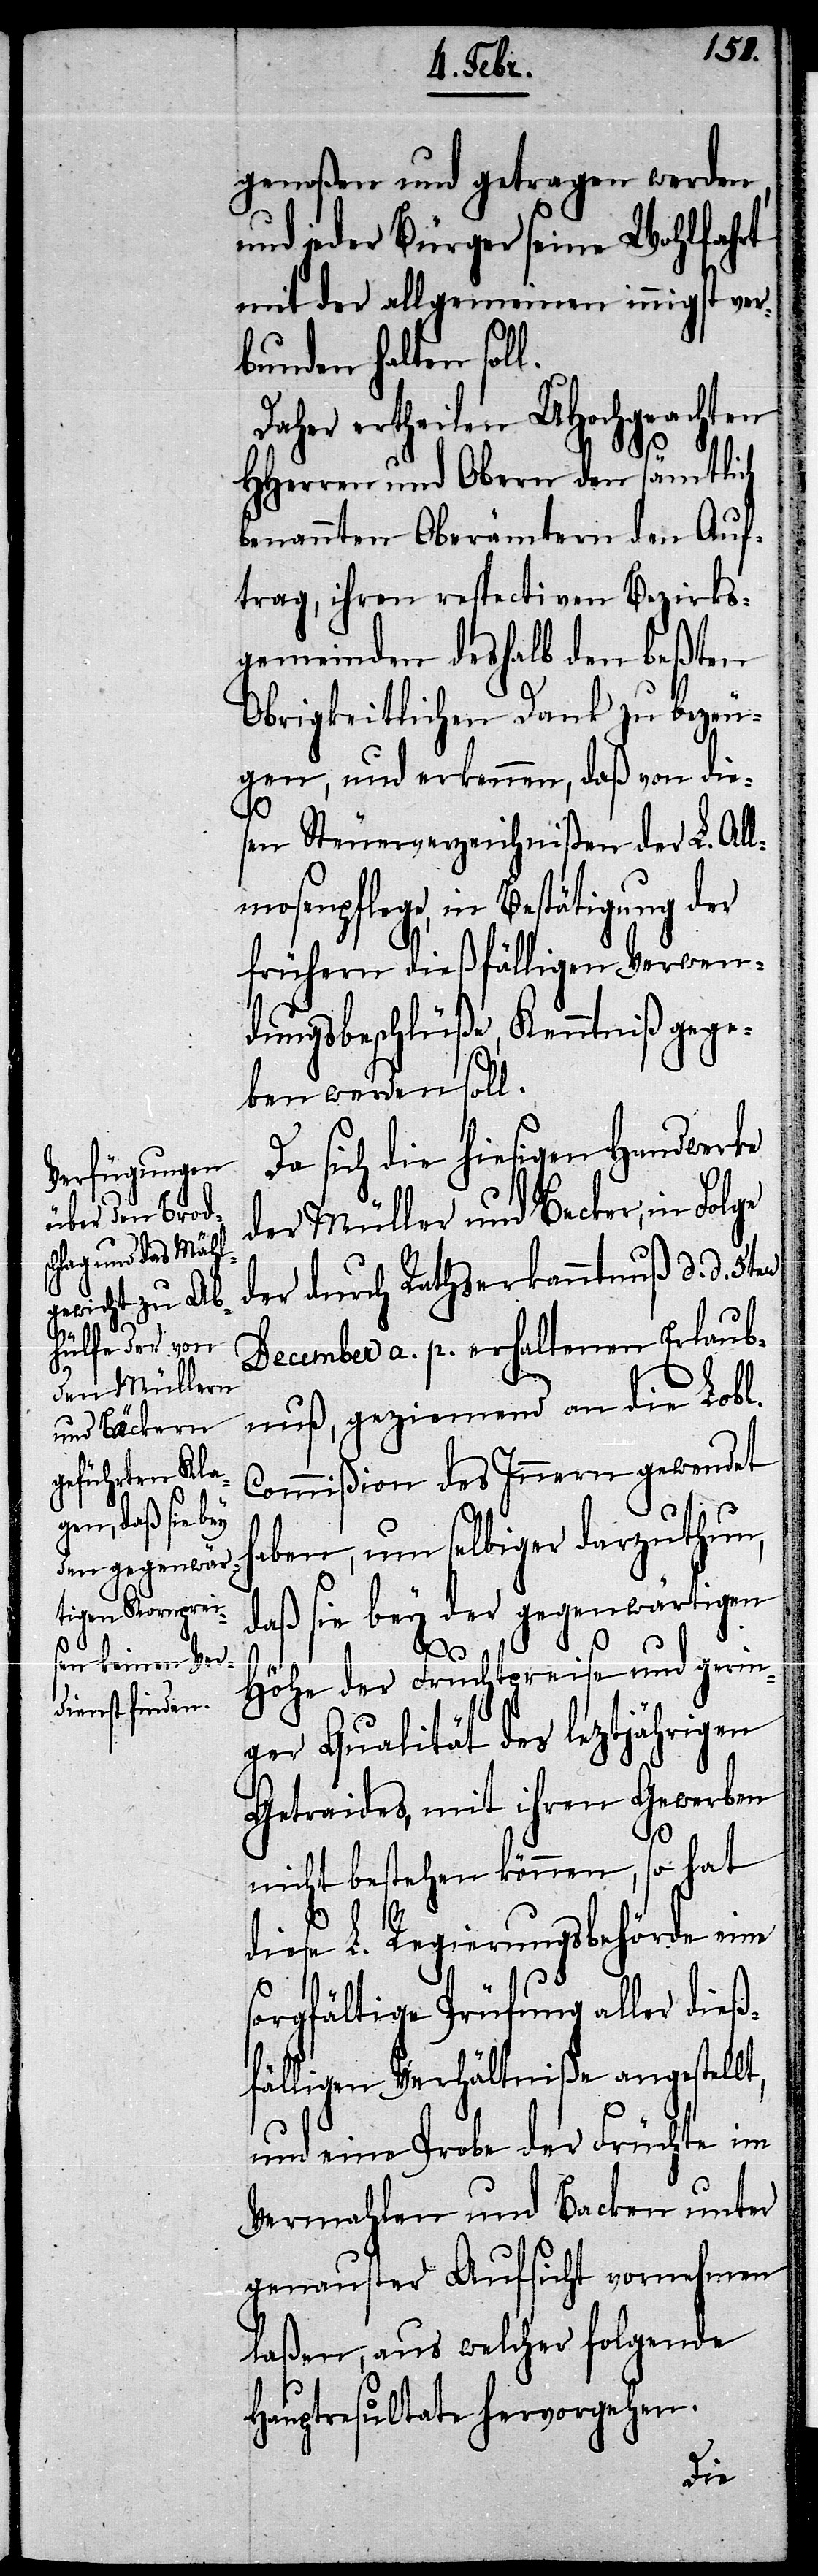
genoßen und getragen werden,
und jeder Bürger seine Wohlfahrt
mit der allgemeinen innigst ver¬
bunden halten soll.
Daher ertheilen UHochgeachten
HHerren und Obern den sämtlich
benannten Oberämtern den Auf¬
trag, ihren respectiven Bezirks¬
gemeinden deshalb den beßten
Obrigkeitlichen Dank zu bezeu¬
gen, und erkennen, daß von die¬
sen Steuerverzeichnißen der L. All¬
mosenpflege, in Bestätigung der
frühern dießfälligen Verwen¬
dungsbeschlüße, Kenntniß gege¬
ben werden soll.
Da sich die hiesigen Handwerke
der Müller und Becker, in Folge
der durch Rathserkanntnuß d. d. 5ten
December a. p. erhaltenen Erlaub¬
nuß, geziemend an die Lobl.
Commißion des Innern gewendet
haben, um selbiger darzuthun,
daß sie bey der gegenwärtigen
Höhe der Fruchtpreise und gerin¬
ger Qualität des leztjährigen
Getraides, mit ihren Gewerben
nicht bestehen können, so hat
diese L. Regierungsbehörde eine
sorgfältige Prüfung aller dieß¬
fälligen Verhältniße angestellt,
und eine Probe der Früchte im
Vermahlen und Backen unter
genauster Aufsicht vornehmen
laßen, aus welcher folgende
Hauptresultate hervorgehen.